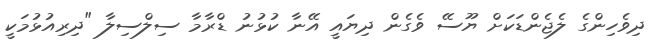
ދިވެހިންގެ ލެޖެންޑަކަށް ޔޫސޭ ވެގެން ދިޔައީ އޭނާ ކުޅުނު ޑްރާމާ ސިލްސިލާ "ދިރިއުޅުމަކީ